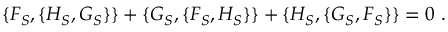
\{ F _ { S } , \{ H _ { S } , G _ { S } \} \} + \{ G _ { S } , \{ F _ { S } , H _ { S } \} \} + \{ H _ { S } , \{ G _ { S } , F _ { S } \} \} = 0 \ .